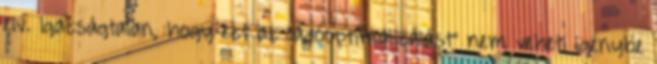
elv. Igazságtalan, hogy ezt az "adóoptimalizálást" nem veheti igénybe